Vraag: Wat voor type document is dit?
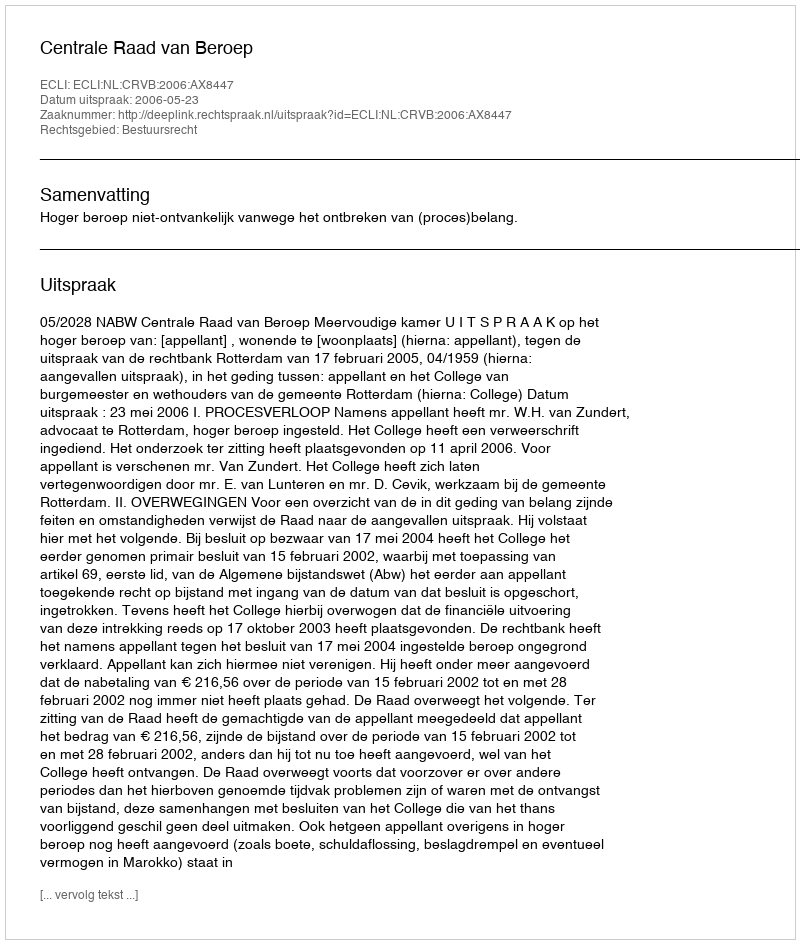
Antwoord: Uitspraak